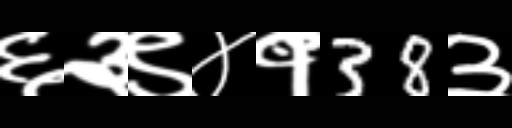
Text: ६३९४१38३